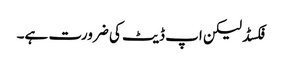
فکسڈ لیکن اپ ڈیٹ کی ضرورت ہے۔